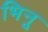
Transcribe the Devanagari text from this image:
भिनू